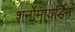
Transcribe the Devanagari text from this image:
शर्नोमायर्डिन